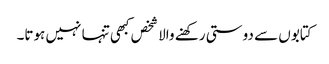
کتابوں سے دوستی رکھنے والا شخص کبھی تنہا نہیں ہوتا۔